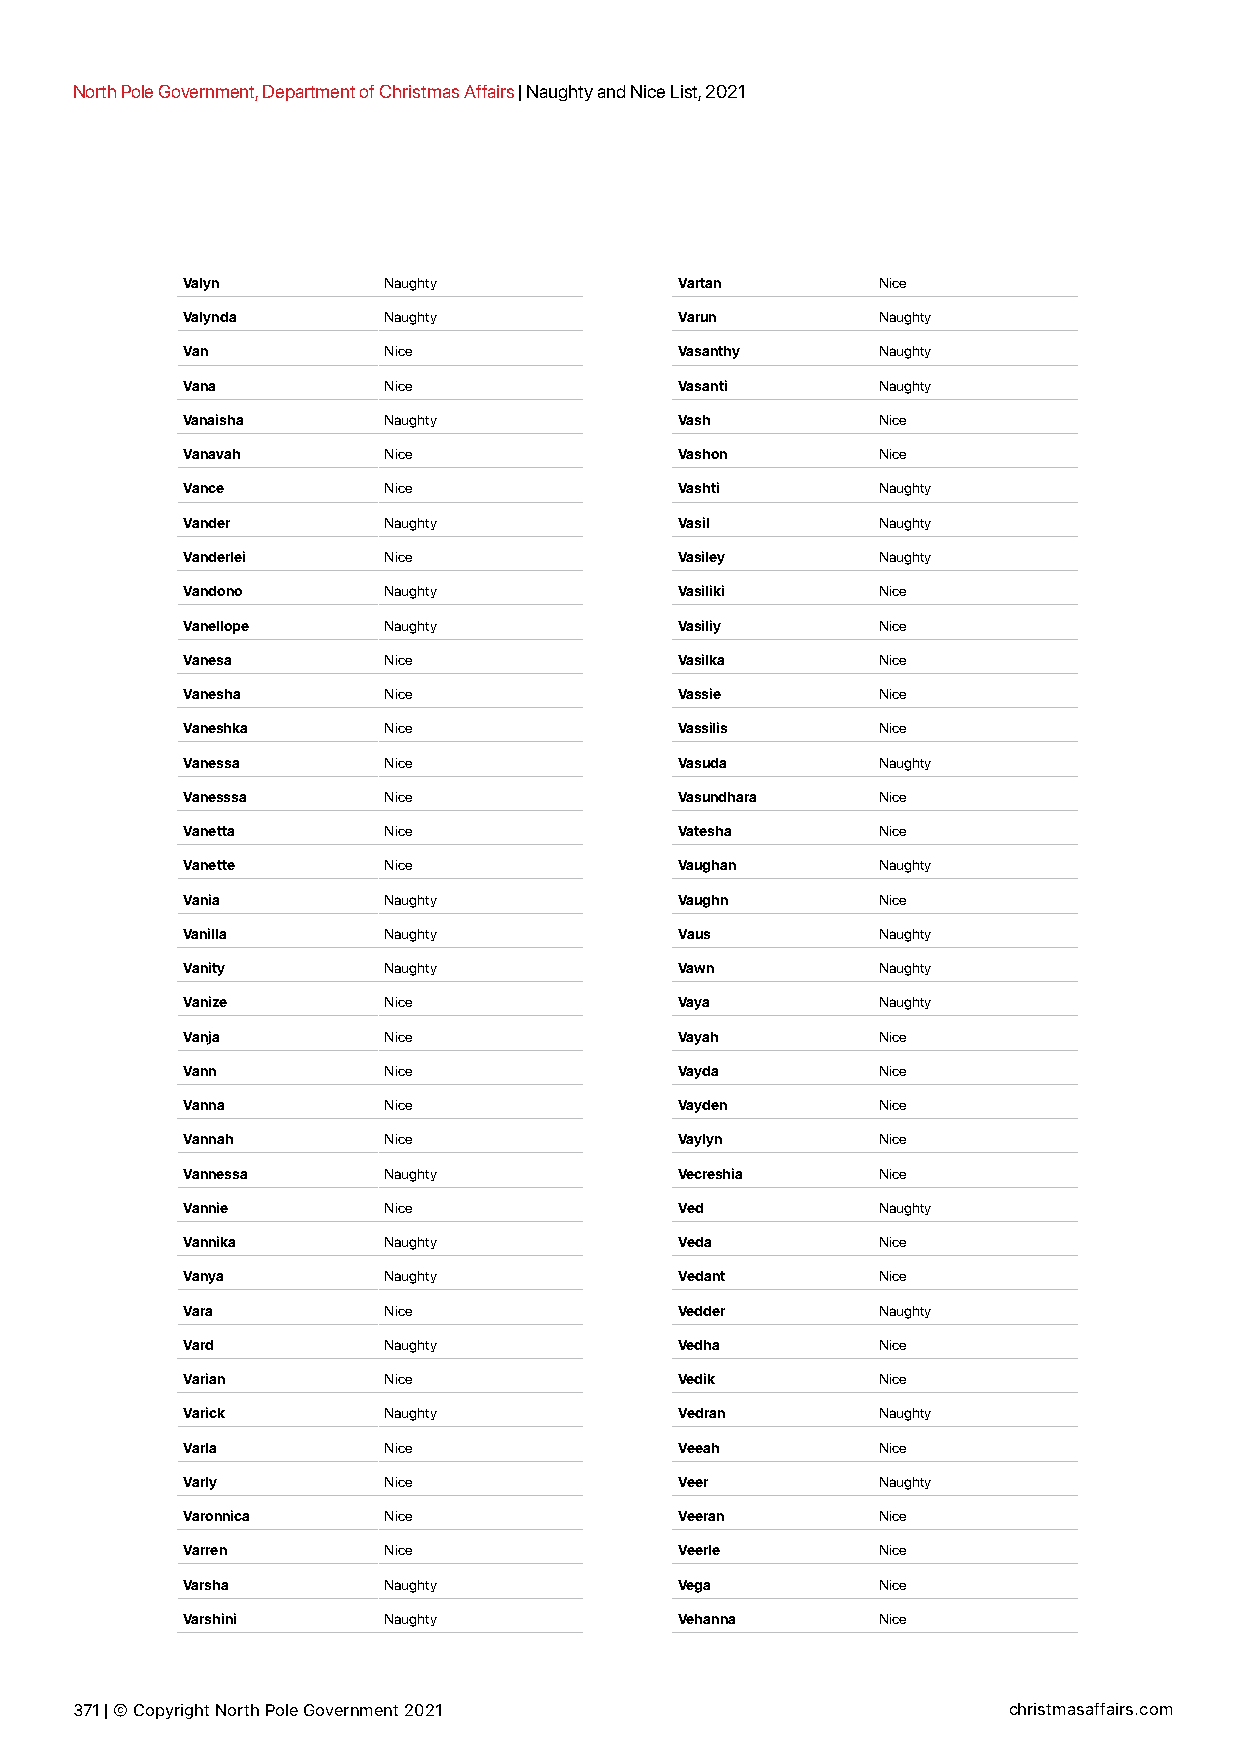
North Pole Government, Department of Christmas Affairs | Naughty and Nice List, 2021
 Valyn        Naughty             Vartan       Nice
 Valynda      Naughty             Varun        Naughty
 Van          Nice                Vasanthy     Naughty
 Vana         Nice                Vasanti      Naughty
 Vanaisha     Naughty             Vash         Nice
 Vanavah      Nice                Vashon       Nice
 Vance        Nice                Vashti       Naughty
 Vander       Naughty             Vasil        Naughty
 Vanderlei    Nice                Vasiley      Naughty
 Vandono      Naughty             Vasiliki     Nice
 Vanellope    Naughty             Vasiliy      Nice
 Vanesa       Nice                Vasilka      Nice
 Vanesha      Nice                Vassie       Nice
 Vaneshka     Nice                Vassilis     Nice
 Vanessa      Nice                Vasuda       Naughty
 Vanesssa     Nice                Vasundhara   Nice
 Vanetta      Nice                Vatesha      Nice
 Vanette      Nice                Vaughan      Naughty
 Vania        Naughty             Vaughn       Nice
 Vanilla      Naughty             Vaus         Naughty
 Vanity       Naughty             Vawn         Naughty
 Vanize       Nice                Vaya         Naughty
 Vanja        Nice                Vayah        Nice
 Vann         Nice                Vayda        Nice
 Vanna        Nice                Vayden       Nice
 Vannah       Nice                Vaylyn       Nice
 Vannessa     Naughty             Vecreshia    Nice
 Vannie       Nice                Ved          Naughty
 Vannika      Naughty             Veda         Nice
 Vanya        Naughty             Vedant       Nice
 Vara         Nice                Vedder       Naughty
 Vard         Naughty             Vedha        Nice
 Varian       Nice                Vedik        Nice
 Varick       Naughty             Vedran       Naughty
 Varla        Nice                Veeah        Nice
 Varly        Nice                Veer         Naughty
 Varonnica    Nice                Veeran       Nice
 Varren       Nice                Veerle       Nice
 Varsha       Naughty             Vega         Nice
 Varshini     Naughty             Vehanna      Nice
 371 | © Copyright North Pole Government 2021                  christmasaffairs.com